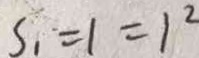
S _ { 1 } = 1 = 1 ^ { 2 }